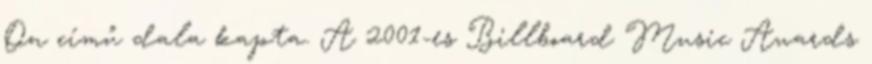
On című dala kapta. A 2001-es Billboard Music Awards